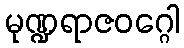
မုဏ္ဍရာဇဝဂ္ဂေါ